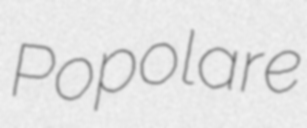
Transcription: Popolare